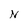
Character: N